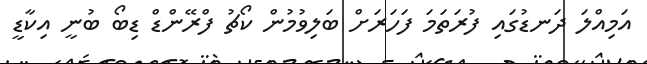
އަމިއްލަ ދަނޑުގައި ފުރަތަމަ ފަހަރަށް ބަލިވުމުން ކޯޗު ފްރޭންޑް ޑިބޯ ބުނީ އިކާޑީ